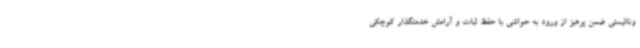
ونالیستی ضمن پرهیز از ورود به حواشی با حفظ ثبات و آرامش خدمتگذار کوچکی